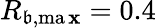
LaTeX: R_{\mathfrak{b},\operatorname*{ma\mathbf{x}}}=0.4